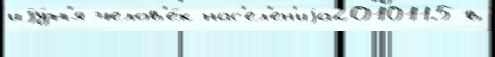
иjу́н'я челов'е́к нас'ел'ен'иjа2010115 в